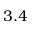
3 . 4